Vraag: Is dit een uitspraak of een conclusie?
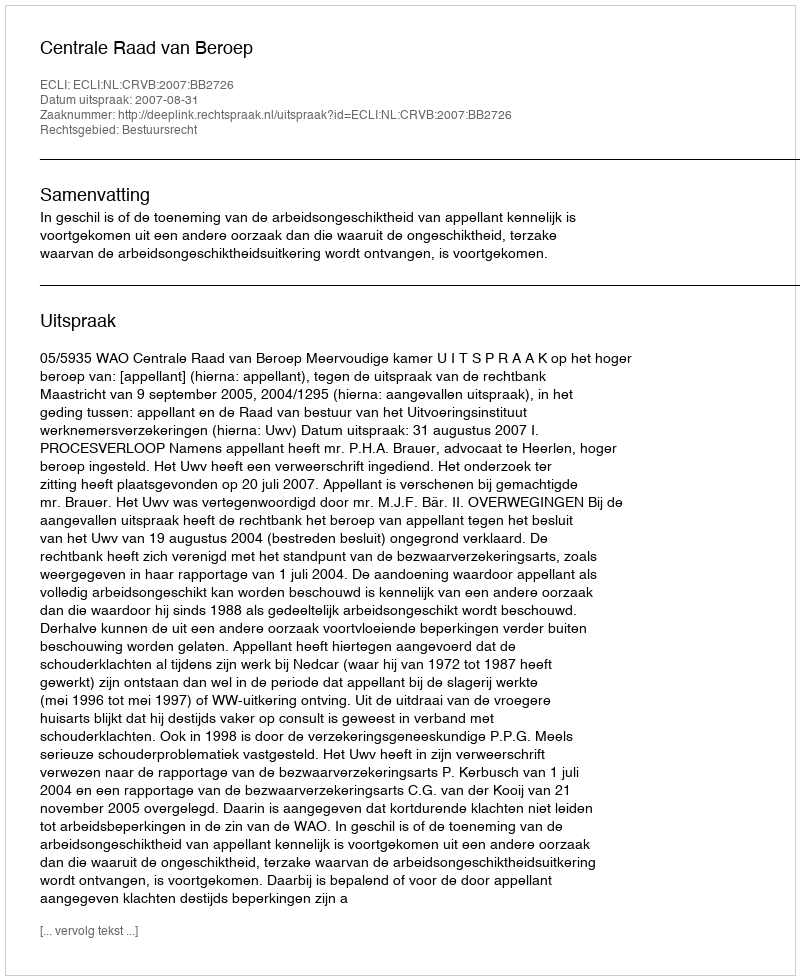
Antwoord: Uitspraak